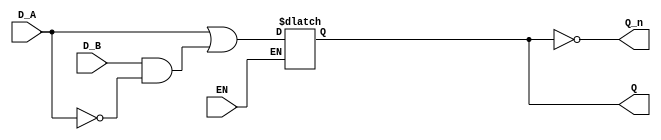
module dual_input_gated_latch (
    input wire D_A,      // First data input
    input wire D_B,      // Second data input
    input wire EN,       // Enable signal
    output reg Q,        // Output signal
    output wire Q_n      // Complement of output Q
);

// Complement of Q
assign Q_n = ~Q;

// Always block for latch behavior
always @ (EN or D_A or D_B) begin
    if (EN) begin
        // When EN is high, Q follows the selected input
        // Assuming priority to D_A if both inputs are high
        Q <= D_A | (D_B & ~D_A); // Q will take D_A if D_A is high, otherwise D_B
    end
    // If EN is low, Q retains its previous value
end

endmodule